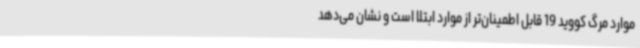
موارد مرگ کووید 19 قابل اطمینان‌تر از موارد ابتلا است و نشان می‌دهد